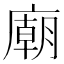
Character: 廟